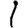
Digit: 1